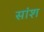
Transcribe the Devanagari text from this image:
सांश